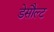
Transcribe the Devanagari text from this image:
डेसौल्ट